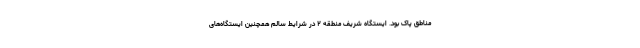
مناطق پاک بود. ایستگاه شریف منطقه ۲ در شرایط سالم همچنین ایستگاه‌های